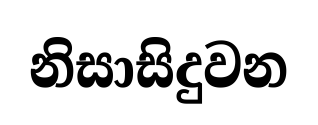
නිසාසිදුවන